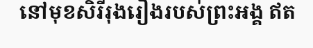
នៅមុខសិរីរុងរឿងរបស់ព្រះអង្គ ឥត